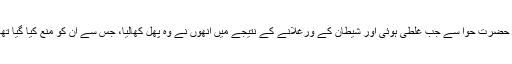
جنت میں حضرت آدمؑ اور حضرت حواؑ سے جب غلطی ہوئی اور شیطان کے ورغلانے کے نتیجے میں انھوں نے وہ پھل کھالیا، جس سے ان کو منع کیا گیا تھا تو ان کے لباس گر گئے۔